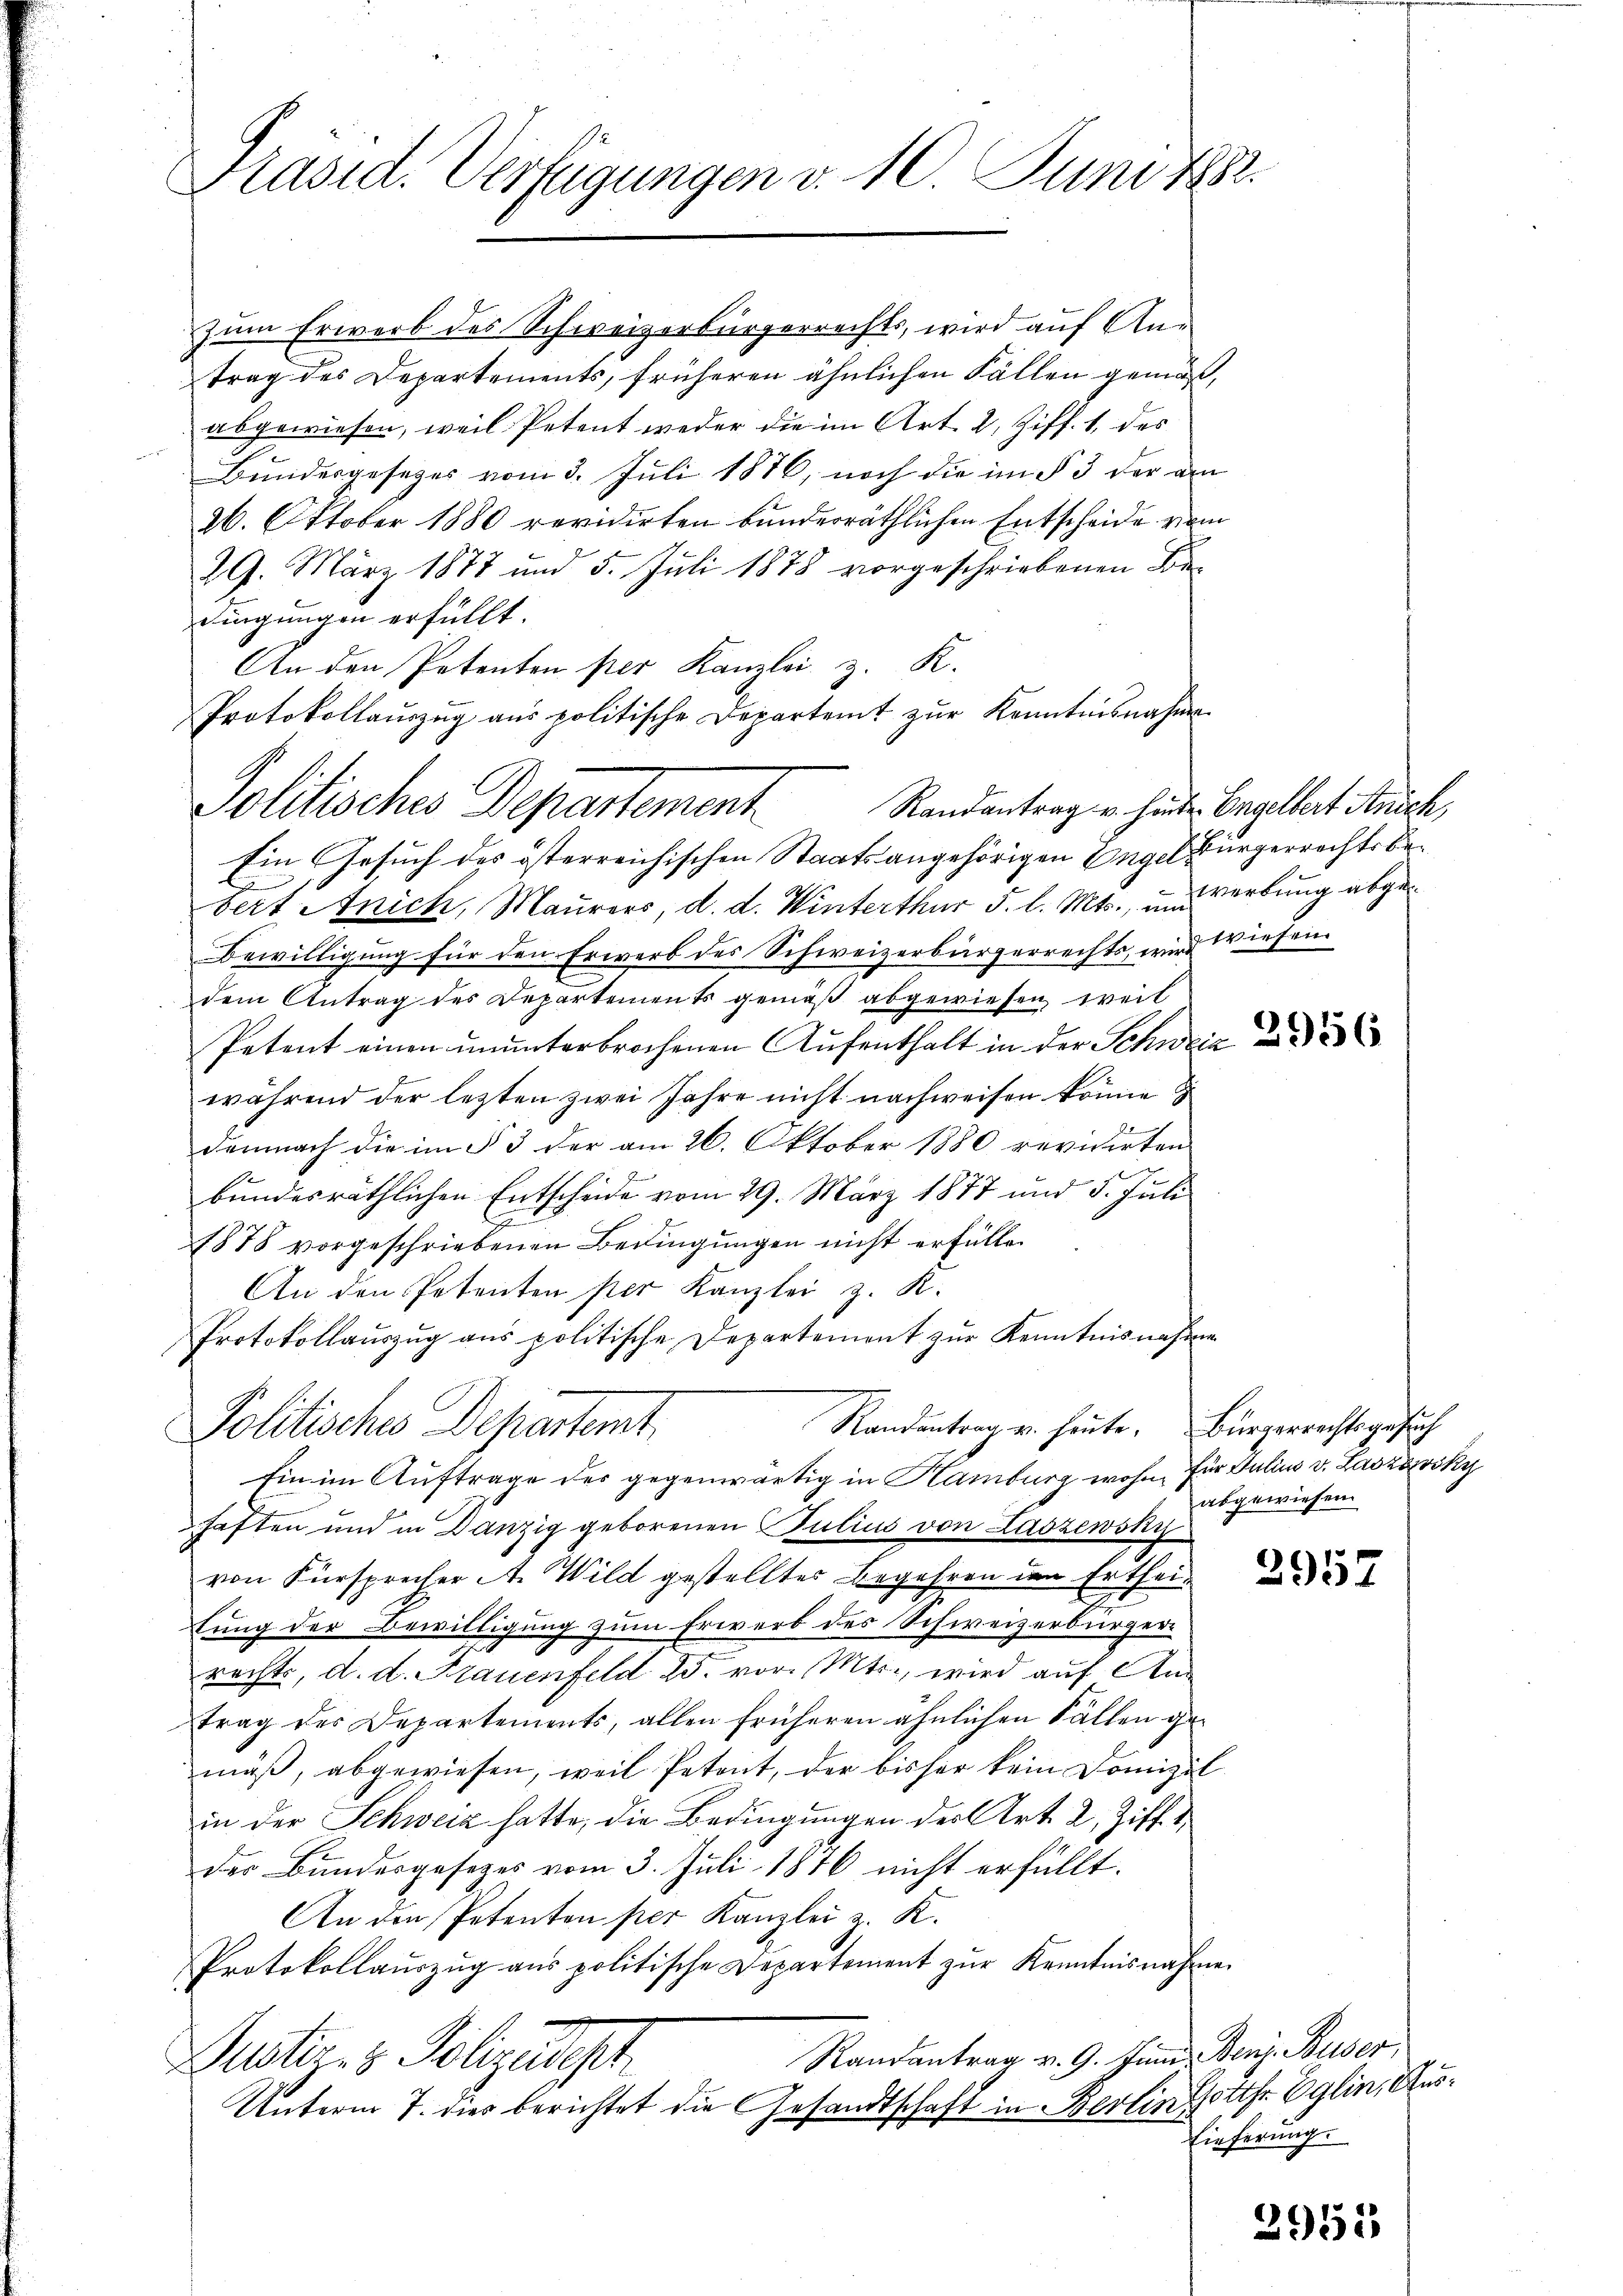
zum Erwerb des Schweizerbürgerrechts, wird auf Antrag des Departements, früheren ähnlichen Fällen gemäß,
abgewiesen, weil Petent weder die im Art. 2, Ziff. 1, des
Bŭndesgesezes vom 3. Juli 1876, noch die im § 3 der am
26. Oktober 1880 revidirten bunderräthlichen Entscheide vom
29. März 1877 und 5. Juli 1878 vorgeschriebenen Bedingungen erfüllt.
An den Petenten per Kanzlei z. K.
Protokollaŭszŭg aŭs politische Departamt zŭr Kenntnisnahme.
Politisches Departement
Randantrag u. hinter Engelbert Anick,
Ein Gesuch des österreichischen Staatsangehörigen Enge bürgerrechts bed
bert Anich, Maurers, d. d. Winterthur 5. l. Mts., unverbung abge¬
Bewilligung für den Erwerb des Schweizerbürgerrechts, wird wiesen
dem Antrag des Departement gemäß abgewiesen, weil
Petent einen ununterbrochenen Aufenthalt in der Schweiz
während der letzten zwei Jahre nicht nachweisen könne
demnach die im § 3 der am 26. Oktober 1880 revidirten
bundesräthlichen Entscheide vom 29. März 1877 und 5. Juli
1878 vorgeschriebenen Bedingungen nicht erfülle
An den Petenten per Kanzlei z. K.
Protokollauszug aus politische Departemont zur Kenntnisnahmen
Randantrag u. heute. Bürgerrechtsgesuch
Politische Departemt
Ein im Auftrage des gegenwärtig in Hamburg wohn. Für Julius v. Laszky
haften und in Danzig geborenen Julius von Laszewsky
von Fürsprecher A. Wild gestellter Begehren den Ertheitung der Bewilligung zum Erwerb des Schweizerbürgerrechts, d. d. Frauenfeld 13. vor. Mts., wird auf Antrag des Departements, allen früheren ähnlichen Fällen gemäß, abgewiesen, weil Petont, der bisher kein Domizil
in der Schweiz hatte, die Bedingungen der Art. 2, Ziff. 4
der Bundesgesezes vom 3. Juli 1876 nicht erfüllt.
An den Petenten per Kanzlei z. K.
Protokollaŭszŭg aŭs politische Departement zŭr Kenntnisnahme
Randantrag v. 9. Juni. Denz. Buser,
Dustiz- & Polizeidisch
Unterm 7. dies berichtet die Gesandtschaft in Berlin Gotte Eglin, Aus¬

Präsid. Verfügungen v. 10. Juni 1882.

2956

abgewiesen.

2957

Lieferung.

2955